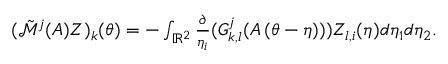
\begin{array} { r } { ( \tilde { \mathcal { M } } ^ { j } ( A ) Z ) _ { k } ( { \boldsymbol { \theta } } ) = - \int _ { \mathbb { R } ^ { 2 } } \frac { \partial } { \eta _ { i } } ( G _ { k , l } ^ { j } ( A \left( \boldsymbol { \theta } - \boldsymbol { \eta } \right) ) ) Z _ { l , i } ( { \boldsymbol { \eta } } ) d \eta _ { 1 } d \eta _ { 2 } . } \end{array}